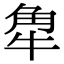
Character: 𧢻